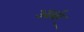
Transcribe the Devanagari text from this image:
आर्बर्